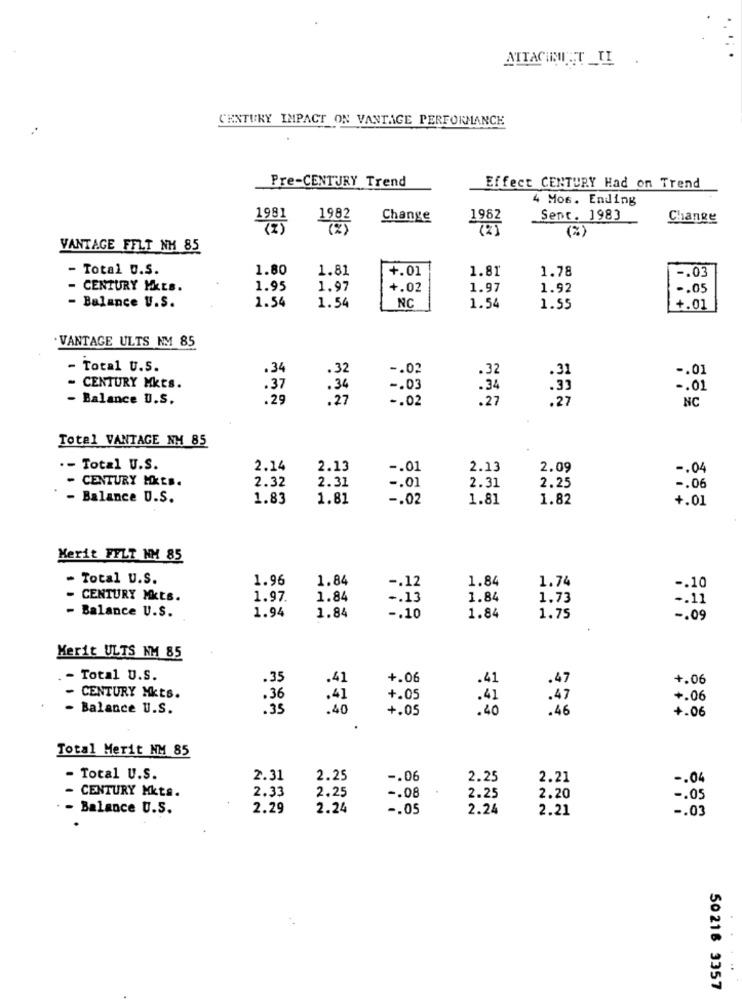
ATTACHENT AT _II .
CENTURY IMPACT ON VANTAGE PERFORMANCE
Pre-CENTURY Trend
Effect CENTURY Had on Trend
4 Mos. Ending
1981
1982
Change
1962
Sent. 1983
Change
( 2)
22
VANTAGE FFLT NH 85
- Total O.S.
1.80
1.81
+.01
1.81
1.78
-. 03
- CENTURY MKEs.
1.95
1.97
+.02
1.97
1.92
-. 05
1.54
NC
- Balance U.S.
1.54
1.54
1.55
+.01
VANTAGE ULTS NM 85
- Total U.S.
.34
.32
-. 02
.32
.31
-. 01
- CENTURY Mkts.
.37
.34
-. 03
.34
.33
-. 01
- Balance U.S.
.29
.27
-. 02
.27
.27
NC
Total VANTAGE NM 85
.- Total U.S.
2.14
2.13
-. 01
2.13
2.09
-. 04
- CENTURY HKES.
2.32
2.31
2.31
2.25
-. 01
-. 06
- Balance U.S.
1.83
1.81
-. 02
1.81
1.82
+.01
Merit FELT NM 85
Total U.S.
1.96
1.84
-. 12
1.84
1.74
-. 10
CENTURY Mkts.
1.97.
1.84
-. 13
1.84
1.73
-. 11
- Balance U.S.
1.94
1.84
-. 10
1.84
1.75
-. 09
Merit ULTS NM 85
Total U.S.
.35
.41
+.06
.41
.47
+.06
CENTURY Mkts.
.36
.41
+.05
.41
.47
+.06
- Balance U.S.
.35
.40
+.05
.40
.46
+.06
Total Merit NM 85
- Total U.S.
2.31
2.25
-. 06
2.25
2.21
-. 04
2.33
- CENTURY Mkts.
2.25
-. 08
2.25
2.20
-. 05
- Balance U.S.
2.29
2.24
-. 05
2.24
2.21
-. 03
50 218 3357